Leaving Certificate Examination, 1916
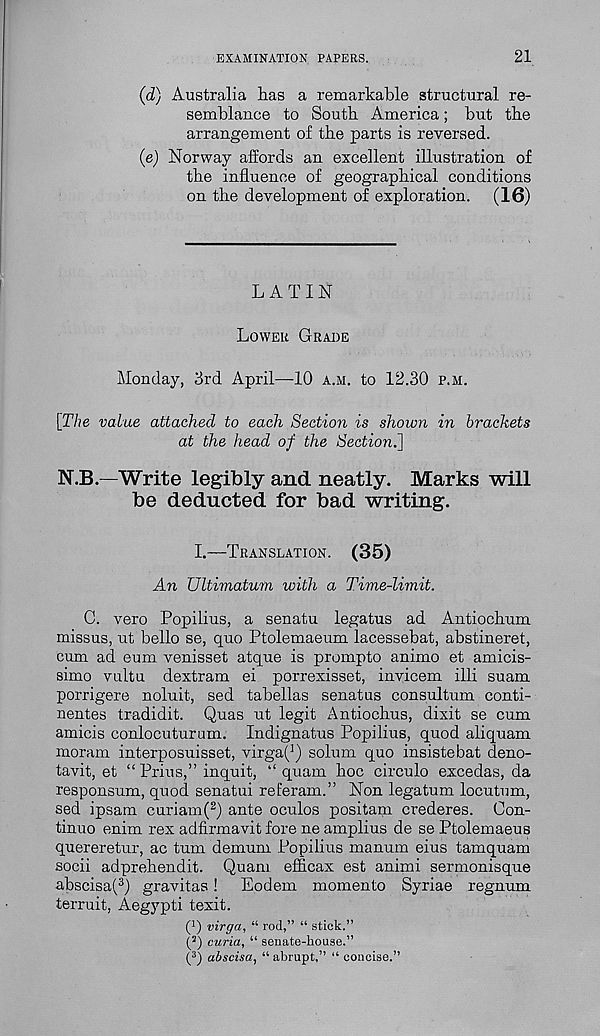
EXAMINATION PAPERS.
21
(d) Australia has a remarkable structural re-
semblance to South America; but the
arrangement of the parts is reversed.
(e) Norway affords an excellent illustration of
the influence of geographical conditions
on the development of exploration. (16)
LATIN
LOWER GRADE
Monday, 3rd April—10 A.M. to 12.30 P.M.
[The value attached to each Section is shown in brackets
at the head of the Section.]
N.B.—Write legibly and neatly. Marks will
be deducted for bad writing.
I.—TRANSLATION.
(35)
An Ultimatum with a Time-limit.
C. vero Popilius, a senatu legatus ad Antiochum
missus, ut bello se, quo Ptolemaeum lacessebat, abstineret,
cum ad eum venisset atque is prompto animo et amicis-
simo vultu dextram ei porrexisset, invicem illi suam
porrigere noluit, sed tabellas senatus consultum conti-
nentes tradidit. Quas ut legit Antiochus, dixit se cum
amicis conlocuturum. Indignatus Popilius, quod aliquam
moram interposuisset, virga( ] ) solum quo insistebat deno-
tavit, et “ Prius,” inquit, “ quam hoc circulo excedas, da
responsum, quod senatui ret'eram.” Non legatum locutum,
sed ipsam curiam( 2 ) ante oculos positam crederes. Oon-
tinuo enim rex adfirmavit fore ne amplius de se Ptolemaeus
quereretur, ac turn demum Popilius manum eius tamquam
socii adprehendit. Quam efficax est animi sermonisque
abscisa( 3 ) gravitas! Eodem momento Syriae regnum
terruit, Aegypti texit.
( 1 ) virga, “ rod,” “ stick.”
( s ) curia, “ senate-house.”
( 3 ) abscisa, “ abrupt,” “ concise.”